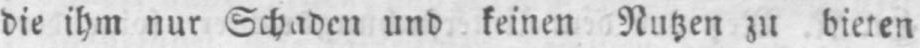
die ihm nur Schaden und keinen Nutzen zu bieten